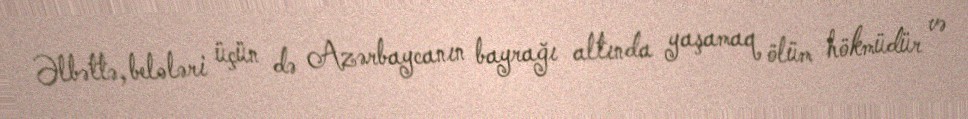
Əlbəttə, belələri üçün də Azərbaycanın bayrağı altında yaşamaq ölüm hökmüdür və